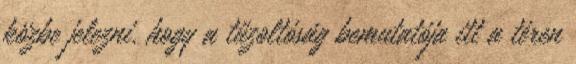
közbe jelezni, hogy a tűzoltóság bemutatója itt a téren